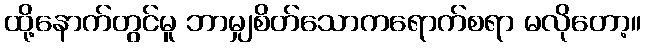
ထို့နောက်တွင်မူ ဘာမျှစိတ်သောကရောက်စရာ မလိုတော့။